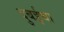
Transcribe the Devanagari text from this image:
दुबईचा